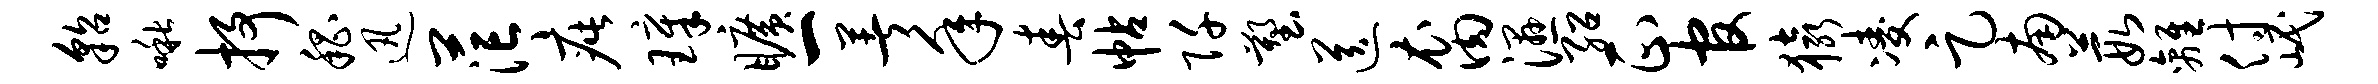
貂啾抒嵇迅茫疵璋旷一著年春帖阡塑送裔湿绍正官猿凌足南葭离付岷